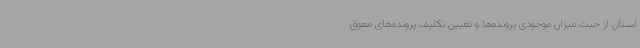
استان از حیث میزان موجودی پرونده‌ها و تعیین تکلیف پرونده‌های معوق